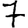
Digit: 7